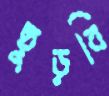
ছুড়বি